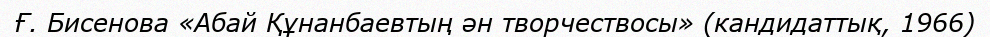
Ғ. Бисенова «Абай Құнанбаевтың ән творчествосы» (кандидаттық, 1966)